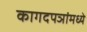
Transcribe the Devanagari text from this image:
कागदपञांमध्ये